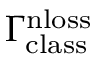
\Gamma _ { \mathrm { c l a s s } } ^ { \mathrm { n l o s s } }